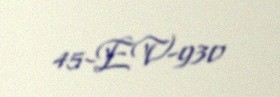
45-EV-930